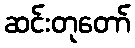
ဆင်းတုတော်